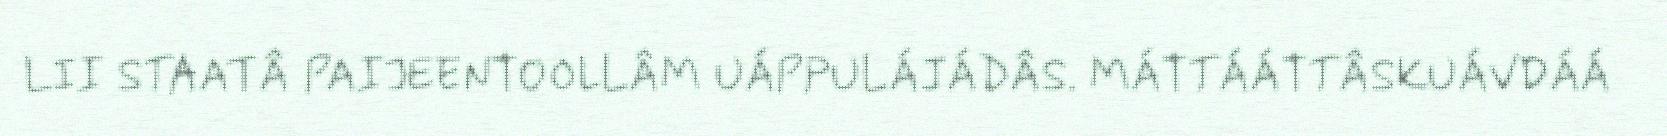
LII STAATÂ PAIJEENTOOLLÂM UÁPPULÁJÁDÂS. MÁTTÁÁTTÂSKUÁVDÁÁ